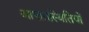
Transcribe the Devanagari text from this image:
आपातस्थितियों